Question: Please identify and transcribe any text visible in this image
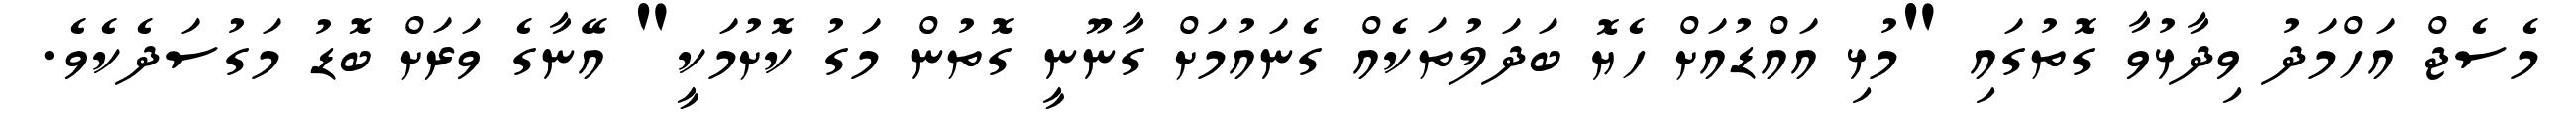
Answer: މެސެޖް އަހްމަދު ވިދާޅުވާ ގޮތުގައި "މުޅި އައްޑުއަށް ހެޔޮ ބަދަލުތަކެއް ގެނައުމަށް ގާނޫނީ ގޮތުން މަގު ކޮށުމަކީ" އޭނާގެ ވަރަށް ބޮޑު މަގުސަދެކެވެ.